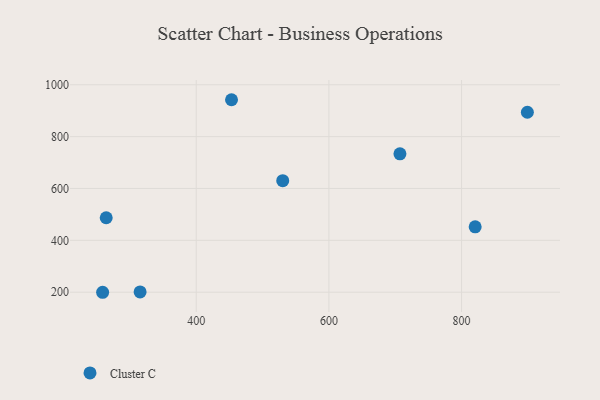
{"axis": {"x": "Price", "y": "Yield"}, "legend": ["Cluster C"], "data": [{"x": "315.4", "y": 201.0, "type": "Cluster C"}, {"x": "530.4", "y": 630.2, "type": "Cluster C"}, {"x": "820.5", "y": 452.2, "type": "Cluster C"}, {"x": "453.2", "y": 942.3, "type": "Cluster C"}, {"x": "707.1", "y": 733.8, "type": "Cluster C"}, {"x": "258.9", "y": 199.7, "type": "Cluster C"}, {"x": "264.3", "y": 487.2, "type": "Cluster C"}, {"x": "899.2", "y": 893.9, "type": "Cluster C"}]}